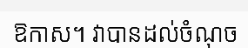
ឱកាស។ វាបានដល់ចំណុច